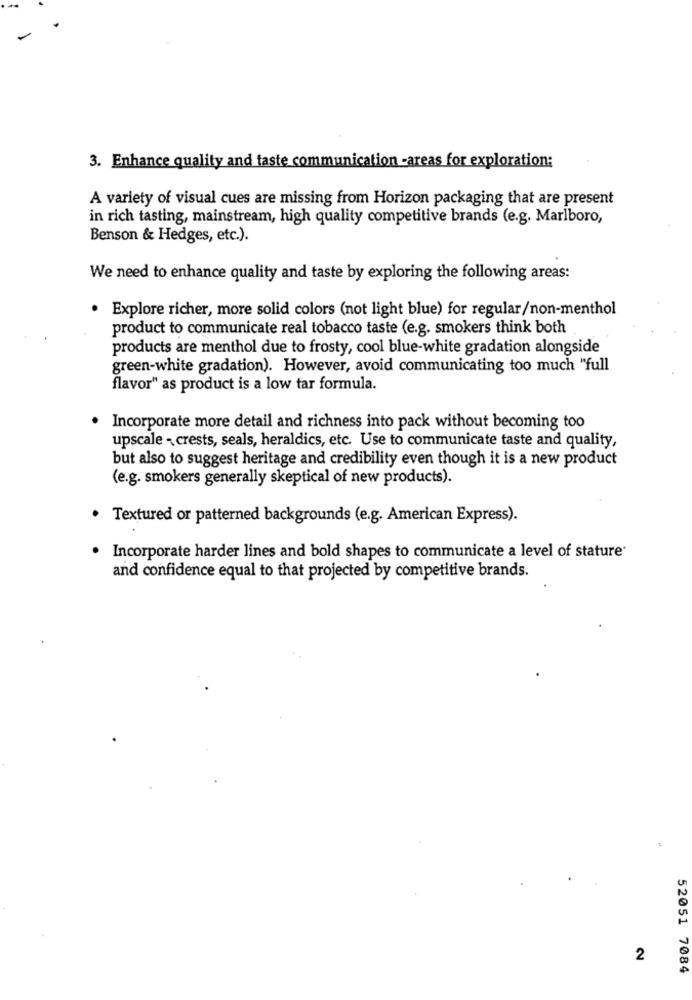
3. Enhance quality and taste communication -areas for exploration:
A variety of visual cues are missing from Horizon packaging that are present
in rich tasting, mainstream, high quality competitive brands (e.g. Marlboro,
Benson & Hedges, etc.).
We need to enhance quality and taste by exploring the following areas:
. Explore richer, more solid colors (not light blue) for regular/non-menthol
product to communicate real tobacco taste (e.g. smokers think both
products are menthol due to frosty, cool blue-white gradation alongside
green-white gradation). However, avoid communicating too much "full
flavor" as product is a low tar formula.
· Incorporate more detail and richness into pack without becoming too
upscale - crests, seals, heraldics, etc. Use to communicate taste and quality,
but also to suggest heritage and credibility even though it is a new product
(e.g. smokers generally skeptical of new products).
Textured or patterned backgrounds (e.g. American Express).
Incorporate harder lines and bold shapes to communicate a level of stature
and confidence equal to that projected by competitive brands.
2
52051 7084